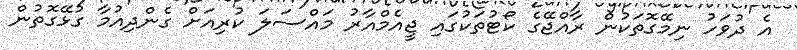
އެ ދުވަހު ނިމޭގޮތަކުން ރާއްޖޭގެ ކޯޓުތަކުގައި ޖީއެމްއާރު މައްސަލަ ކުރިއަށް ގެންދިއުމާ ގުޅޭގޮތުން